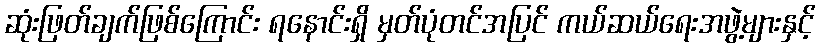
ဆုံးဖြတ်ချက်ဖြစ်ကြောင်း ရနောင်းရှိ မှတ်ပုံတင်အပြင် ကယ်ဆယ်ရေးအဖွဲ့များနှင့်